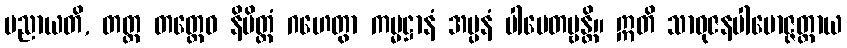
ပညာယတိ, တတ္ထ တတ္ထေဝ နိမိတ္တံ ဂဟေတွာ ကမ္မဋ္ဌာနံ အပ္ပနံ ပါပေတဗ္ဗန္တိ။ ဣတိ သာဓုဇနပါမောဇ္ဇတ္ထာယ